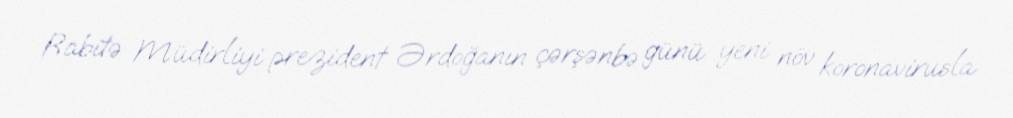
Rabitə Müdirliyi prezident Ərdoğanın çərşənbə günü yeni növ koronavirusla